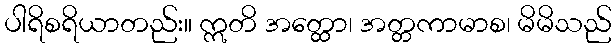
ပါရိစရိယာတည်း။ ဣတိ အတ္ထော၊ အတ္တကာမာစ၊ မိမိသည်